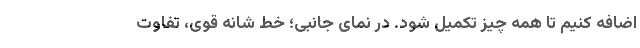
اضافه کنیم تا همه چیز تکمیل شود. در نمای جانبی؛ خط شانه قوی، تفاوت